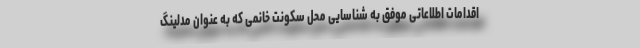
اقدامات اطلاعاتی موفق به شناسایی محل سکونت خانمی که به عنوان مدلینگ